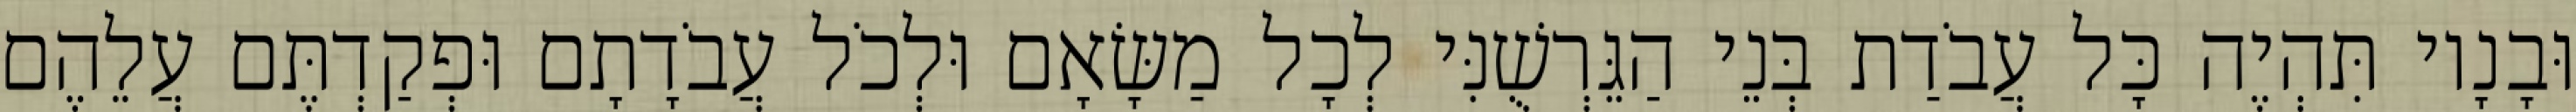
וּבָנָיו תִּהְיֶה כָּל עֲבֹדַת בְּנֵי הַגֵּרְשֻׁנִּי לְכָל מַשָּׂאָם וּלְכֹל עֲבֹדָתָם וּפְקַדְתֶּם עֲלֵהֶם